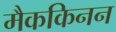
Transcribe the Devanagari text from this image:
मैककिनन